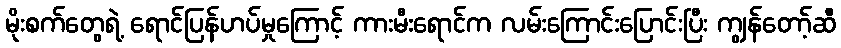
မိုးစက်တွေရဲ့ ရောင်ပြန်ဟပ်မှုကြောင့် ကားမီးရောင်က လမ်းကြောင်းပြောင်းပြီး ကျွန်တော့်ဆီ